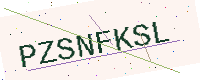
Text: PZSNFKSL